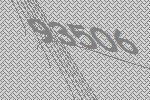
93506